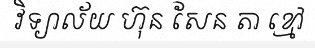
វិទ្យាល័យ ហ៊ុន សែន តា ខ្មៅ